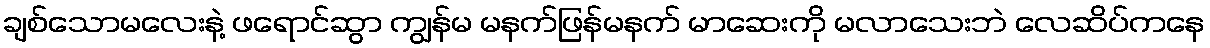
ချစ်သောမလေးနဲ့ ဖရောင်ဆွာ ကျွန်မ မနက်ဖြန်မနက် မာဆေးကို မလာသေးဘဲ လေဆိပ်ကနေ